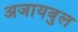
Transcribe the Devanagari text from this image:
अजायबुल